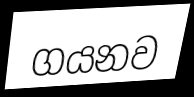
ගයනව